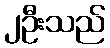
၂ဦးသည်